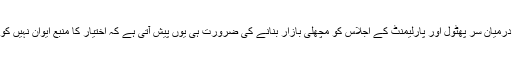
اس وقت سیاسی لیڈروں کے درمیان سر پھٹول اور پارلیمنٹ کے اجلاس کو مچھلی بازار بنانے کی ضرورت ہی یوں پیش آتی ہے کہ اختیار کا منبع ایوان نہیں کوئی دوسرا مرکز بن چکا ہے۔